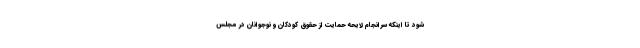
شود تا اینکه سرانجام لایحه حمایت از حقوق کودکان و نوجوانان در مجلس